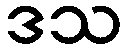
ဒသ